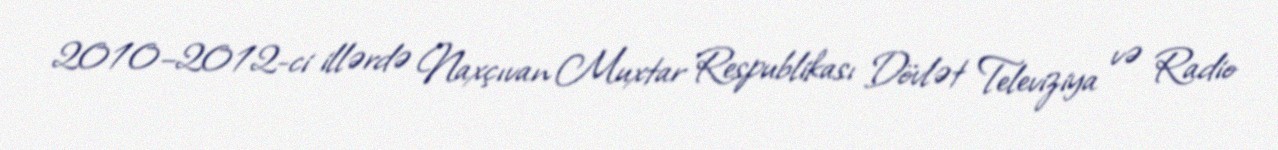
2010–2012-ci illərdə Naxçıvan Muxtar Respublikası Dövlət Televiziya və Radio